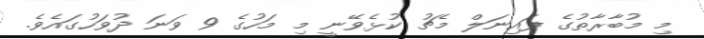
މި މުބާރާތުގެ ފައިނަލް މެޗު ކުޅެވޭނީ މި މަހުގެ 9 ވަނަ ދުވަހުގައެވެ.